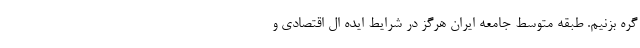
گره بزنیم. طبقه متوسط جامعه ایران هرگز در شرایط ایده ال اقتصادی و